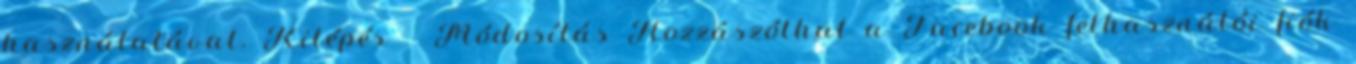
használatával. Kilépés Módosítás Hozzászólhat a Facebook felhasználói fiók